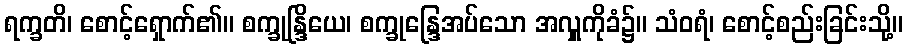
ရက္ခတိ၊ စောင့်ရှောက်၏။ စက္ခုန္ဒြိယေ၊ စက္ခုန္ဒြေအပ်သော အလှူကိုခံ၌။ သံဝရံ၊ စောင့်စည်းခြင်းသို့။